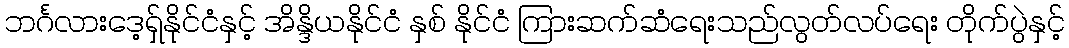
ဘင်္ဂလားဒေ့ရှ်နိုင်ငံနှင့် အိန္ဒိယနိုင်ငံ နှစ် နိုင်ငံ ကြားဆက်ဆံရေးသည်လွတ်လပ်ရေး တိုက်ပွဲနှင့်